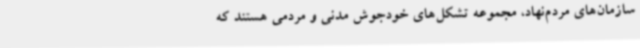
سازمان‌های مردم‌نهاد، مجموعه تشکل‌های خودجوش مدنی و مردمی هستند که